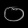
Digit: ၀